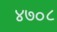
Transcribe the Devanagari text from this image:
४७०८